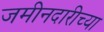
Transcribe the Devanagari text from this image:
जमीनदारीच्या